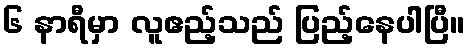
၆ နာရီမှာ လူဧည့်သည် ပြည့်နေပါပြီ။